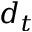
d _ { t }